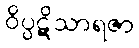
ဝိပ္ပဋိသာရဇာ